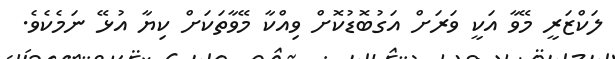
ލަކްޒަރީ މޭވާ އަކީ ވަރަށް އަގުބޮޑުކޮށް ވިއްކާ މޭވާތަކަށް ކިޔާ އުޅޭ ނަމެކެވެ.